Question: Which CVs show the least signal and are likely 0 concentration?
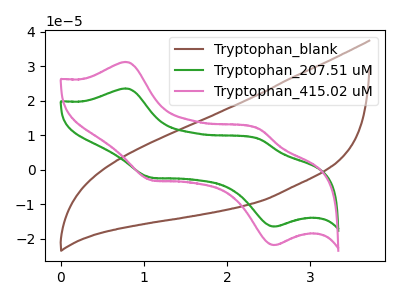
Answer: <think>The brown curve "Tryptophan_blank" has no peaks. The green curve "Tryptophan_207.51 uM" has anodic peaks at (0.80V, 23.55uA) (2.40V, 8.95uA) and cathodic peaks at (1.10V, -2.20uA) (2.55V, -16.45uA). The pink curve "Tryptophan_415.02 uM" has anodic peaks at (0.80V, 31.20uA) (2.40V, 11.85uA) and cathodic peaks at (1.10V, -2.95uA) (2.55V, -21.80uA).</think>
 <answer>"Tryptophan_blank" is likely to be a blank.</answer>
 <eval>Tryptophan_blank</eval>